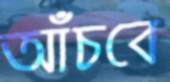
আঁচবে